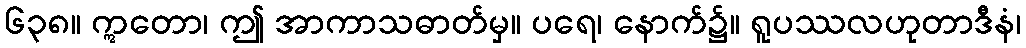
၆၃၈။ ဣတော၊ ဤ အာကာသဓာတ်မှ။ ပရေ၊ နောက်၌။ ရူပဿလဟုတာဒီနံ၊